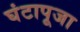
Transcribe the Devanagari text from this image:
घंटापूजा